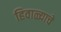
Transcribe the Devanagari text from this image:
हिवाळ्याचे